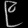
Digit: ၉